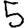
Digit: 5